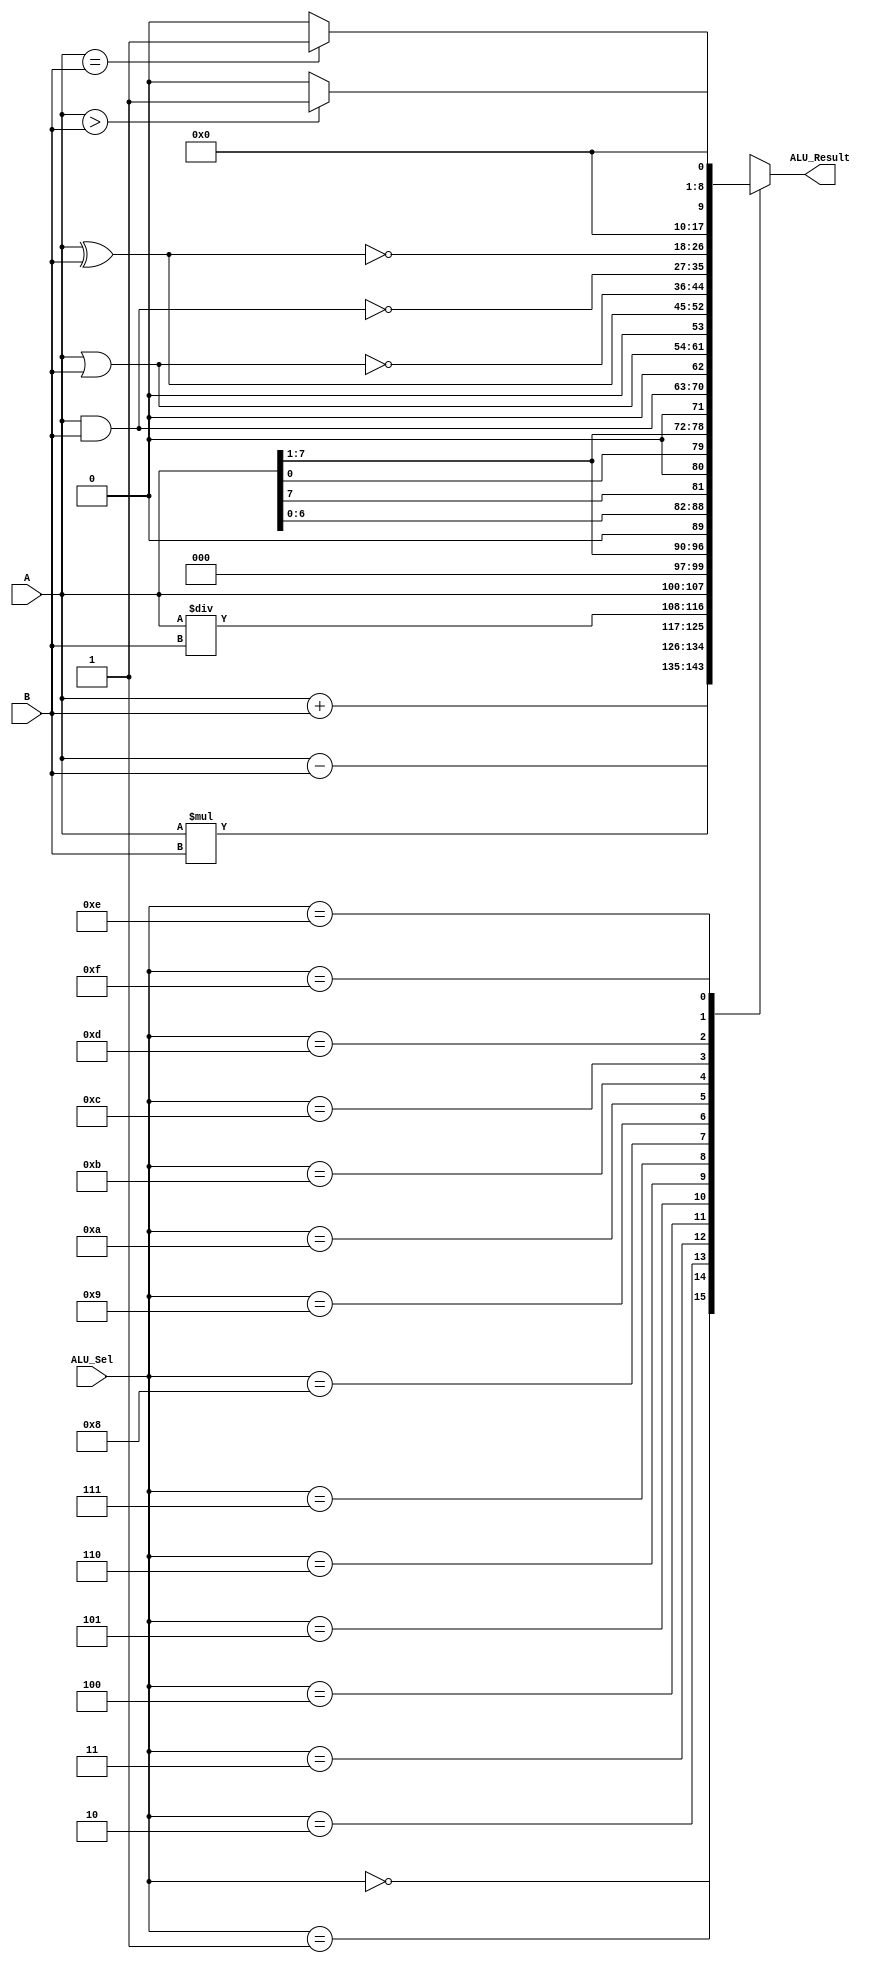
// Code your design here
module alu( A, B, ALU_Sel, ALU_Result); 
  input   [7:0] A,B;        // ALU 8-bit Inputs 
  input   [3:0] ALU_Sel;    // ALU Selection 
  output  [8:0] ALU_Result; // ALU 8-bit Result
  reg     [8:0] ALU_Result;
 
always @(*) begin 
  case(ALU_Sel) 
    4'b0000: ALU_Result = A + B ;              // Addition  
    4'b0001: ALU_Result = A - B ;              // Subtraction   
    4'b0010: ALU_Result = A * B;               // Multiplication   
    4'b0011: ALU_Result = A/B;                 // Division  
    4'b0100: ALU_Result = A<<1;                // Logical shift left  
    4'b0101: ALU_Result = A>>1;                // Logical shift right 
    4'b0110: ALU_Result = {A[6:0],A[7]};       // Rotate left  
    4'b0111: ALU_Result = {A[0],A[7:1]};       // Rotate right 
    4'b1000: ALU_Result = A & B;               // Logical and 
    4'b1001: ALU_Result = A | B;               // Logical or  
    4'b1010: ALU_Result = A ^ B;               // Logical xor  
    4'b1011: ALU_Result = ~(A | B);            // Logical nor  
    4'b1100: ALU_Result = ~(A & B);            // Logical nand 
    4'b1101: ALU_Result = ~(A ^ B);            // Logical xnor 
    4'b1110: ALU_Result = (A>B)?8'd1:8'd0;     // Greater comparison 
    4'b1111: ALU_Result = (A==B)?8'd1:8'd0;    // Equal comparison
    default: ALU_Result = 0; 
  endcase 
end 
endmodule